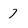
Character: 7